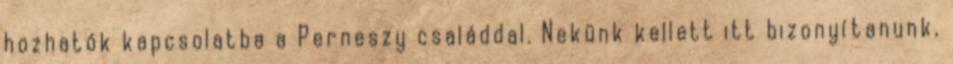
hozhatók kapcsolatba a Perneszy családdal. Nekünk kellett itt bizonyítanunk,